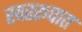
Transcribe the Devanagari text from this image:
स्वररूपात